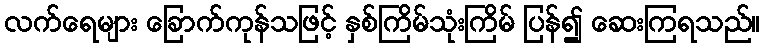
လက်ရေများ ခြောက်ကုန်သဖြင့် နှစ်ကြိမ်သုံးကြိမ် ပြန်၍ ဆေးကြရသည်။